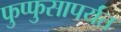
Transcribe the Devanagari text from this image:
फुप्फुसापर्यंत